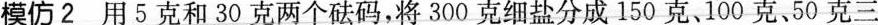
模仿2 用5克和30克两个砝码，将300克细盐分成150克、100克、50克、